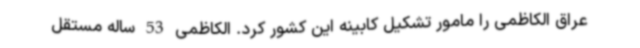
عراق الکاظمی را مامور تشکیل کابینه این کشور کرد. الکاظمی 53 ساله مستقل